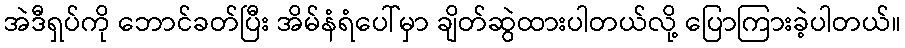
အဲဒီရှပ်ကို ဘောင်ခတ်ပြီး အိမ်နံရံပေါ်မှာ ချိတ်ဆွဲထားပါတယ်လို့ ပြောကြားခဲ့ပါတယ်။